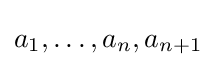
a_{1},\ldots ,a_{n},a_{n+1}